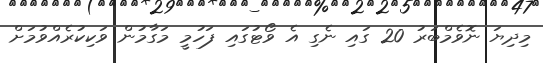
މިދިޔަ ނޮވެމްބަރު 20 ގައި ނެގި އެ ވޯޓުގައި ފަހުމީ މަގާމުން ވަކިކުރެއްވުމަށް